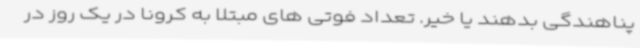
پناهندگی بدهند یا خیر. تعداد فوتی های مبتلا به کرونا در یک روز در